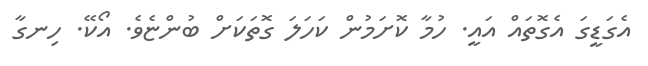
އެގަޑީގަ އެގޮތައް އައީ. ހުމާ ކޮށަމުން ކަހަލަ ގޮތަކަށް ބުންޏެވެ. އޯކޭ. ހިނގާ